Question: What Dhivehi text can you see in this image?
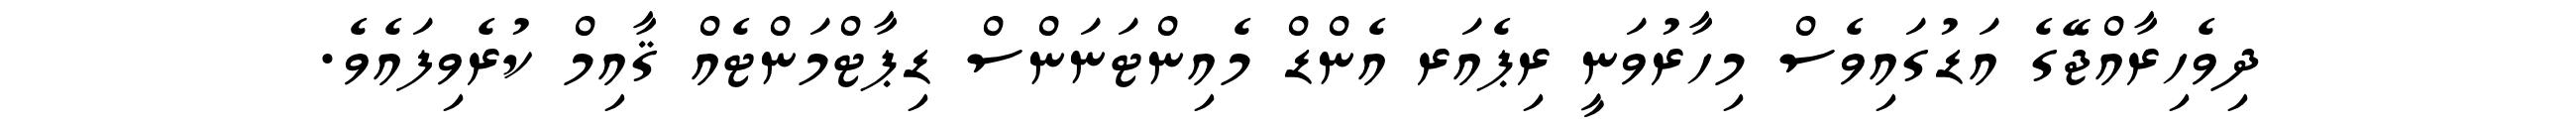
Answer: ދިވެހިރާއްޖޭގެ އަޑުގައިވެސް މިހާރުވަނީ ރިޕެއަރ އެންޑް މެއިންޓަނަންސް ޑިޕާޓްމަންޓެއް ޤާއިމް ކުރެވިފައެވެ.